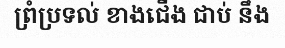
ព្រំប្រទល់ ខាងជើង ជាប់ នឹង